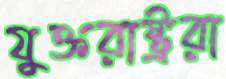
যুক্তরাষ্ট্ররা